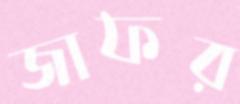
জাফর